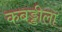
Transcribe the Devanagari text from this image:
कबड्डीला